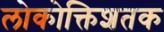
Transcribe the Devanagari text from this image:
लोकोक्तिशतक